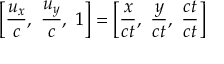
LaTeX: \left[ { \frac { u _ { x } } { c } } , \ { \frac { u _ { y } } { c } } , \ 1 \right] = \left[ { \frac { x } { c t } } , \ { \frac { y } { c t } } , \ { \frac { c t } { c t } } \right]